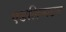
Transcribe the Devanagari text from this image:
एडलिन्गटन